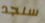
سنجد